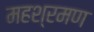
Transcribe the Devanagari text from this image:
महश्रमण